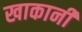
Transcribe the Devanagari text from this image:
खाकानी